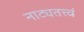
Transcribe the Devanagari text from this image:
नाट्यतत्त्वं